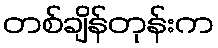
တစ်ချိန်တုန်းက